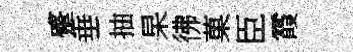
蹙垂抽杲彿菓臣霞